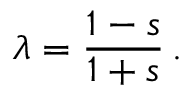
\lambda = \frac { 1 - s } { 1 + s } \, .